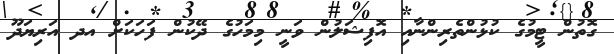
ގޮތުން ޓީމުގެ ކުޅުންތެރިންނާއި އޮފިޝަލުން ވަނީ މިމަހުގެ ދޭކުން ފަހަކަށް އދ އަރިޔަދޫ